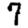
Digit: 7